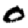
Digit: 0